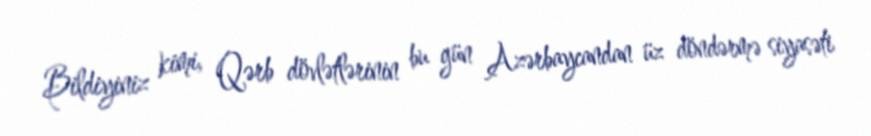
Bildiyiniz kimi, Qərb dövlətlərinin bu gün Azərbaycandan üz döndərmə siyasəti